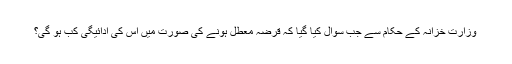
وزارت خزانہ کے حکام سے جب سوال کیا گیا کہ قرضہ معطل ہونے کی صورت میں اس کی ادائیگی کب ہو گی؟